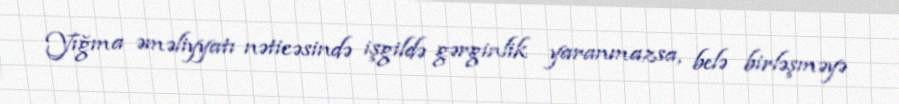
Yığma əməliyyatı nəticəsində işgildə gərginlik yaranmazsa, belə birləşməyə